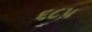
૬૮૫